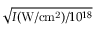
\sqrt { I ( \mathrm { W / c m ^ { 2 } } ) / 1 0 ^ { 1 8 } }